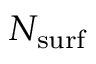
N _ { \mathrm { s u r f } }